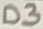
Text: D3